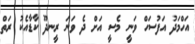
އަހްމަދު އަފުސަހް ވަނީ މެސީ އަށް ދެ ވަނަ ރީނދޫ ކާޑާއެކު ރަތް